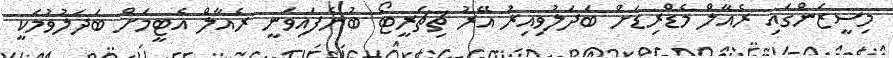
މިސީޒަންގައި ރެއާލް މެޑްރިޑަށް ބަދަލުވިއިރު އޭރު ޗިޗަރީޓޯ ބުނެފައިވަނީ ރެއާލް އެޓީމަށް ބަދަލުވުމަކީ